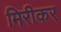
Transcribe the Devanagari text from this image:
मिरीकर